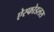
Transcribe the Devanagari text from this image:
ऐस्फोडलस